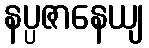
နပ္ပဇာနေယျ